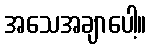
အသေအချာပေါ့။